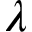
\lambda